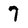
Character: 7